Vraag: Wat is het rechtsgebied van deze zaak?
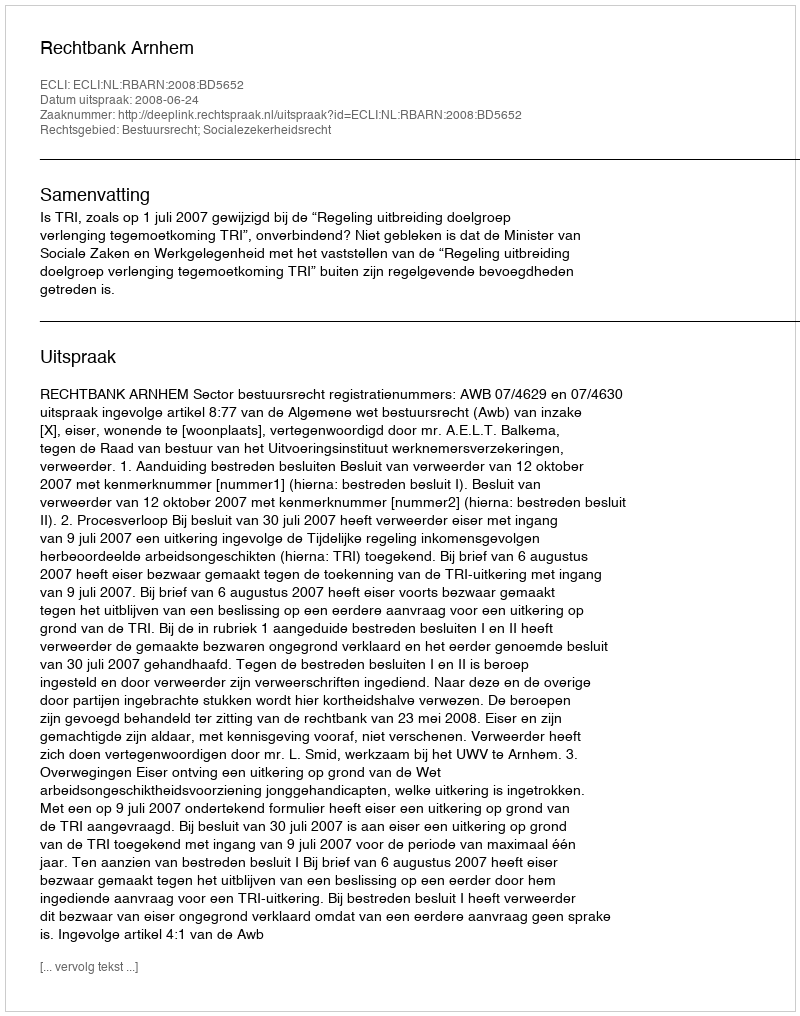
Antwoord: Bestuursrecht; Socialezekerheidsrecht